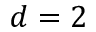
d = 2